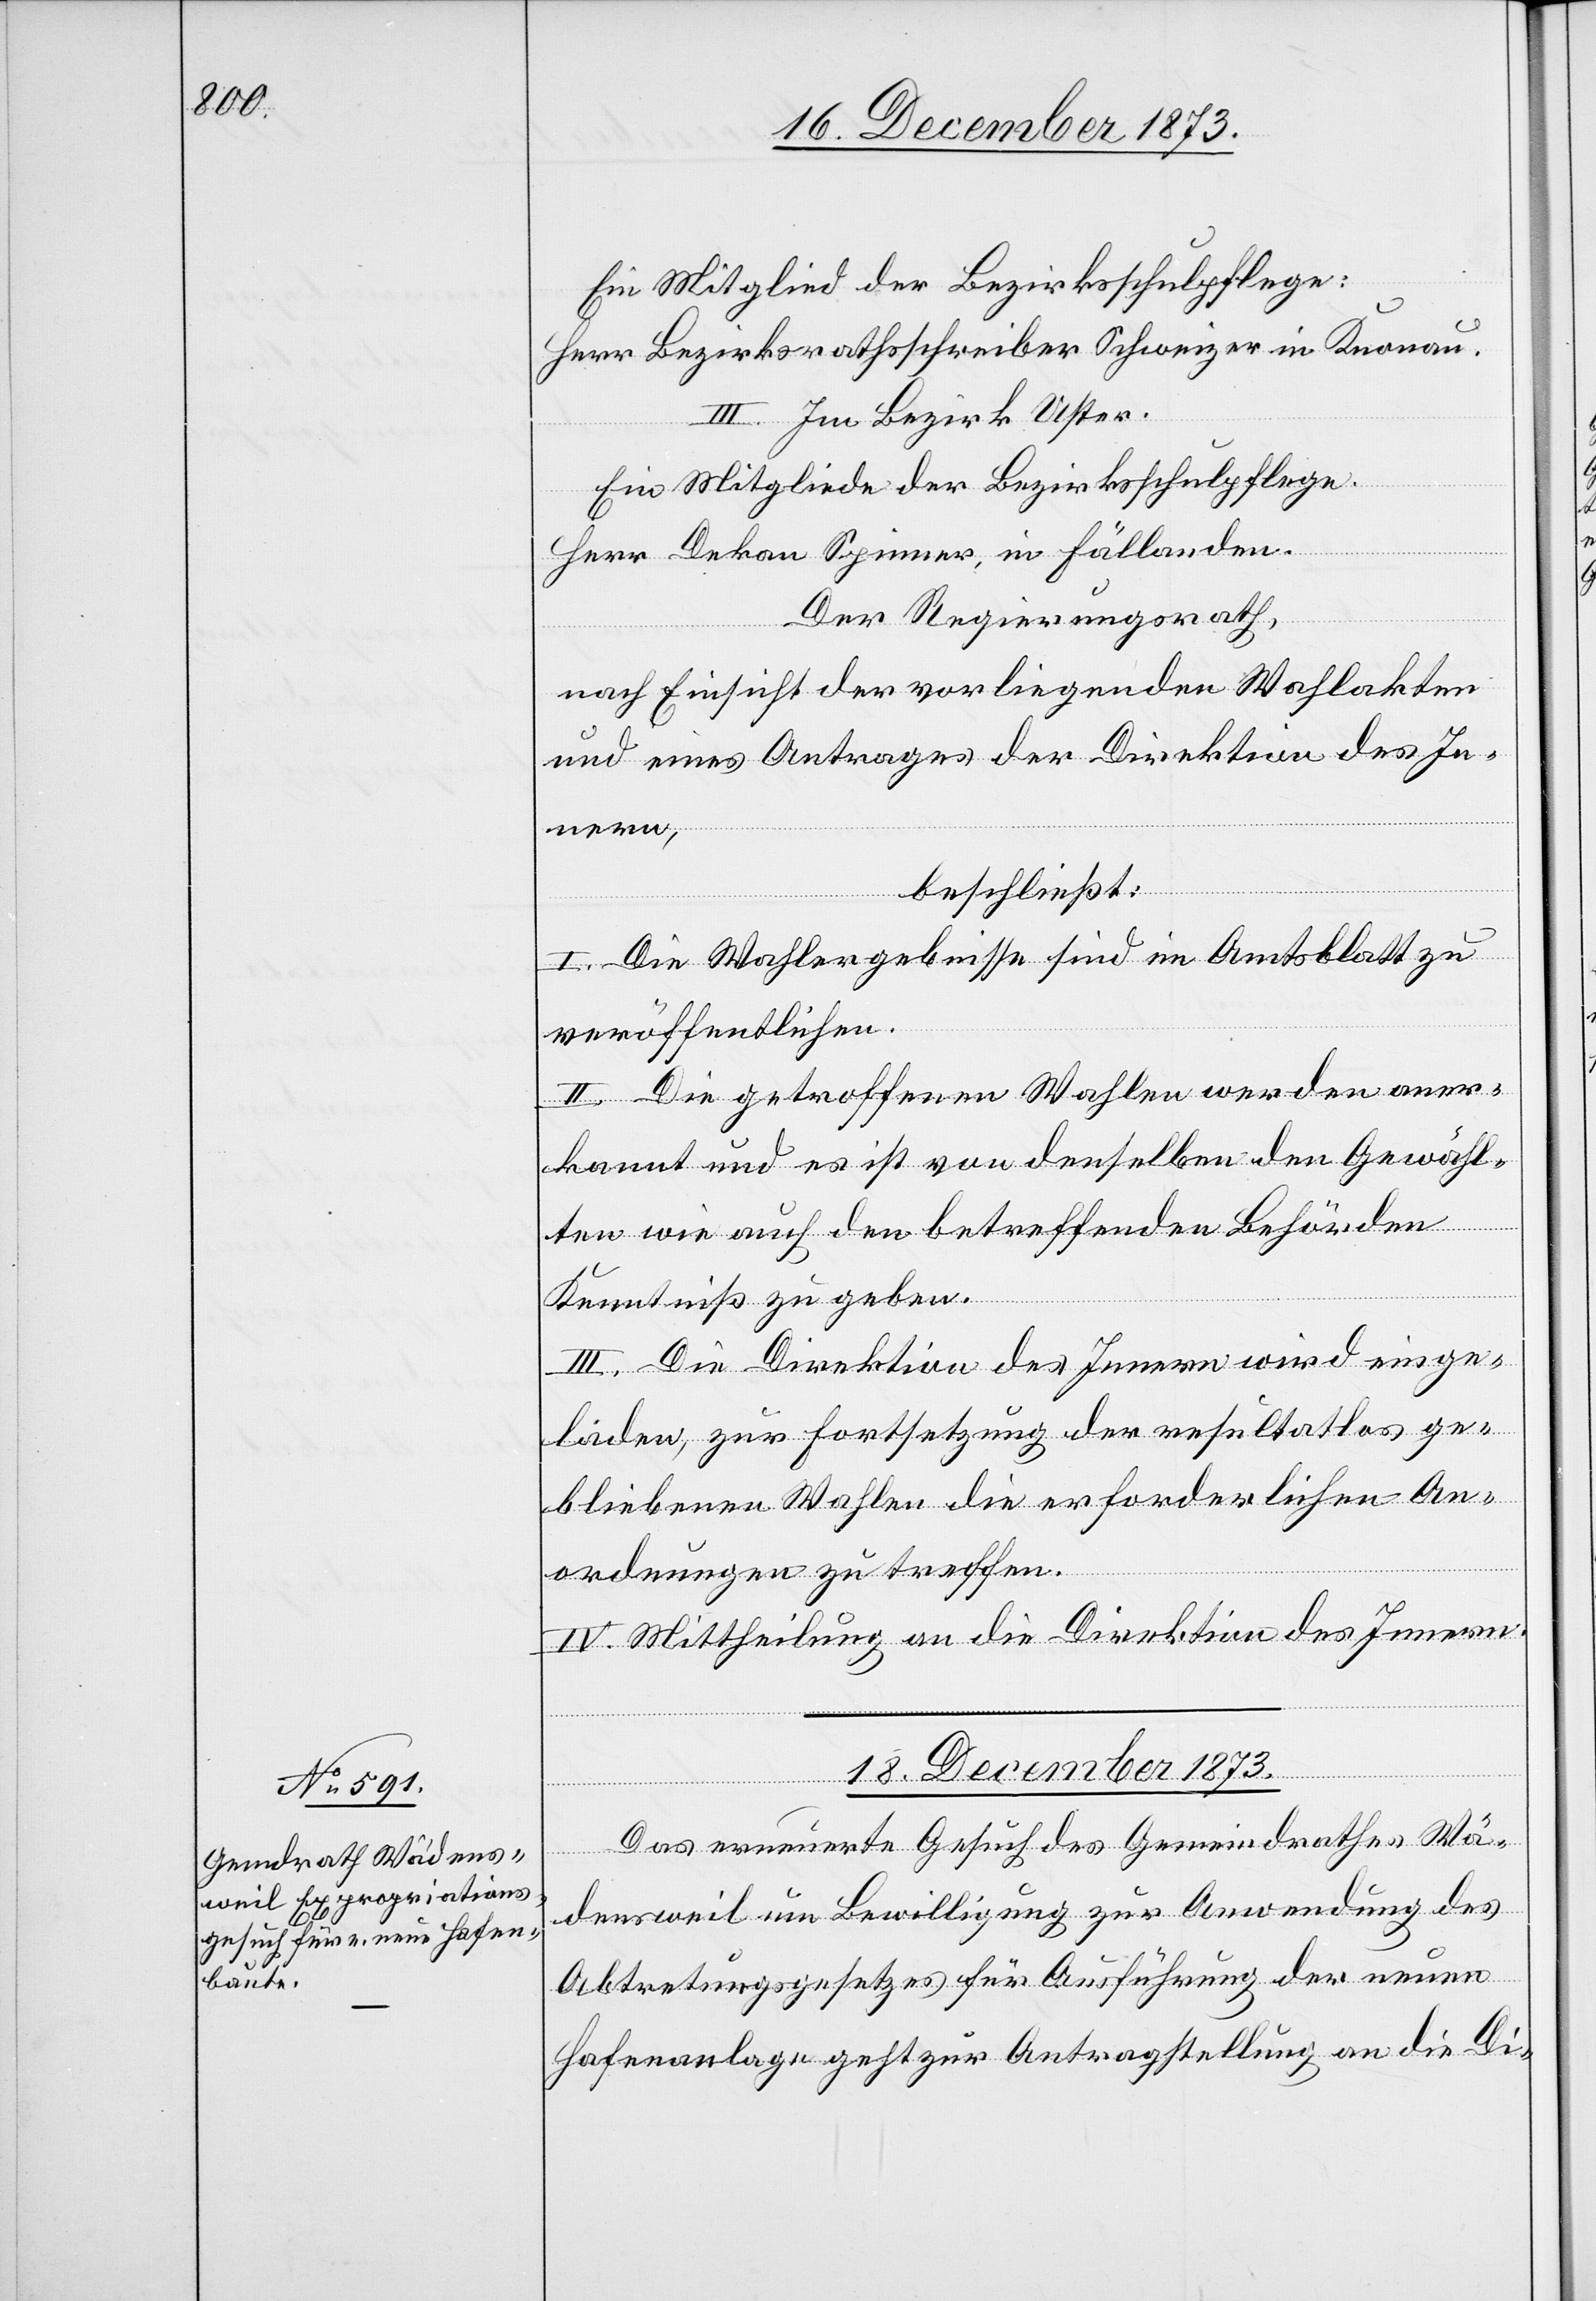
lakten

Ein Mitglied der Bezirksschulpflege:
Herr Bezirksrathsschreiber Schweizer in Knonau.
III. Im Bezirk Uster.
Ein Mitgliede der Bezirksschulpflege.
Herr Dekan Spinner, in Fällanden.
Der Regierungsrath,
und eines Antrages der Direktion des In¬
beschließt:
I. Die Wahlergebnisse sind im Amtsblatt zu
nern,
veröffentlichen.
II. Die getroffenen Wahlen werden aner¬
kannt und es ist von denselben den Gewähl¬
ten wie auch den betreffenden Behörden
Antrages
Kenntniß zu geben.
III. Die Direktion des Innern wird einge¬
laden, zur Fortsetzung der resultatlos ge¬
bliebenen Wahlen die erforderlichen An¬
vorliegenden
ordnungen zu treffen.
IV. Mittheilung an die Direktion des Innern.
18. December 1873.
Das erneuerte Gesuch des Gemeindrathes Wä¬
densweil um Bewilligung zur Anwendung des
Abtretungsgesetzes für Ausführung der neuen
Hafenanlage geht zur Antragstellung an die Di-